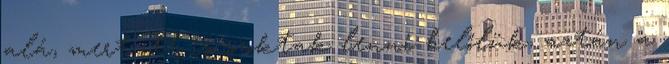
alá, mert ott is szoktak lenni belőlük, aztán a